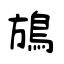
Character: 鴋